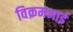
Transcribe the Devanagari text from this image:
विक्रमभाई